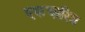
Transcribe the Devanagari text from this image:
एकचारित्र